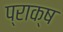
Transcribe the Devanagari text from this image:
प्राक्ष